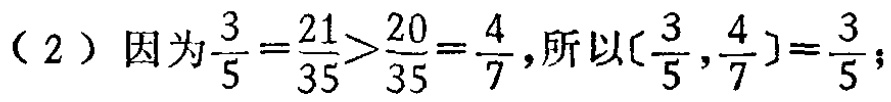
（2）因为$\frac{3}{5}=\frac{21}{35}>\frac{20}{35}=\frac{4}{7}$,所以$[\frac{3}{5},\frac{4}{7}]=\frac{3}{5}$;